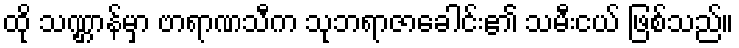
ထို သဏ္ဌာန်မှာ ဗာရာဏသီက သုဘရာဇာခေါင်း၏ သမီးငယ် ဖြစ်သည်။